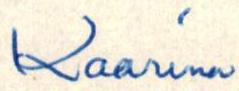
Kaarina